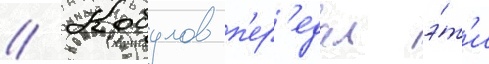
// Кобулов п'ер'едал э́т'и